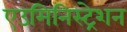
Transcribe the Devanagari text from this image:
एउमिनिस्ट्रेशन